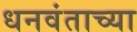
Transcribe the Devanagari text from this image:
धनवंताच्या